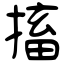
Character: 搐